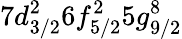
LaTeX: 7d_{3/2}^{2}6f_{5/2}^{2}5g_{9/2}^{8}